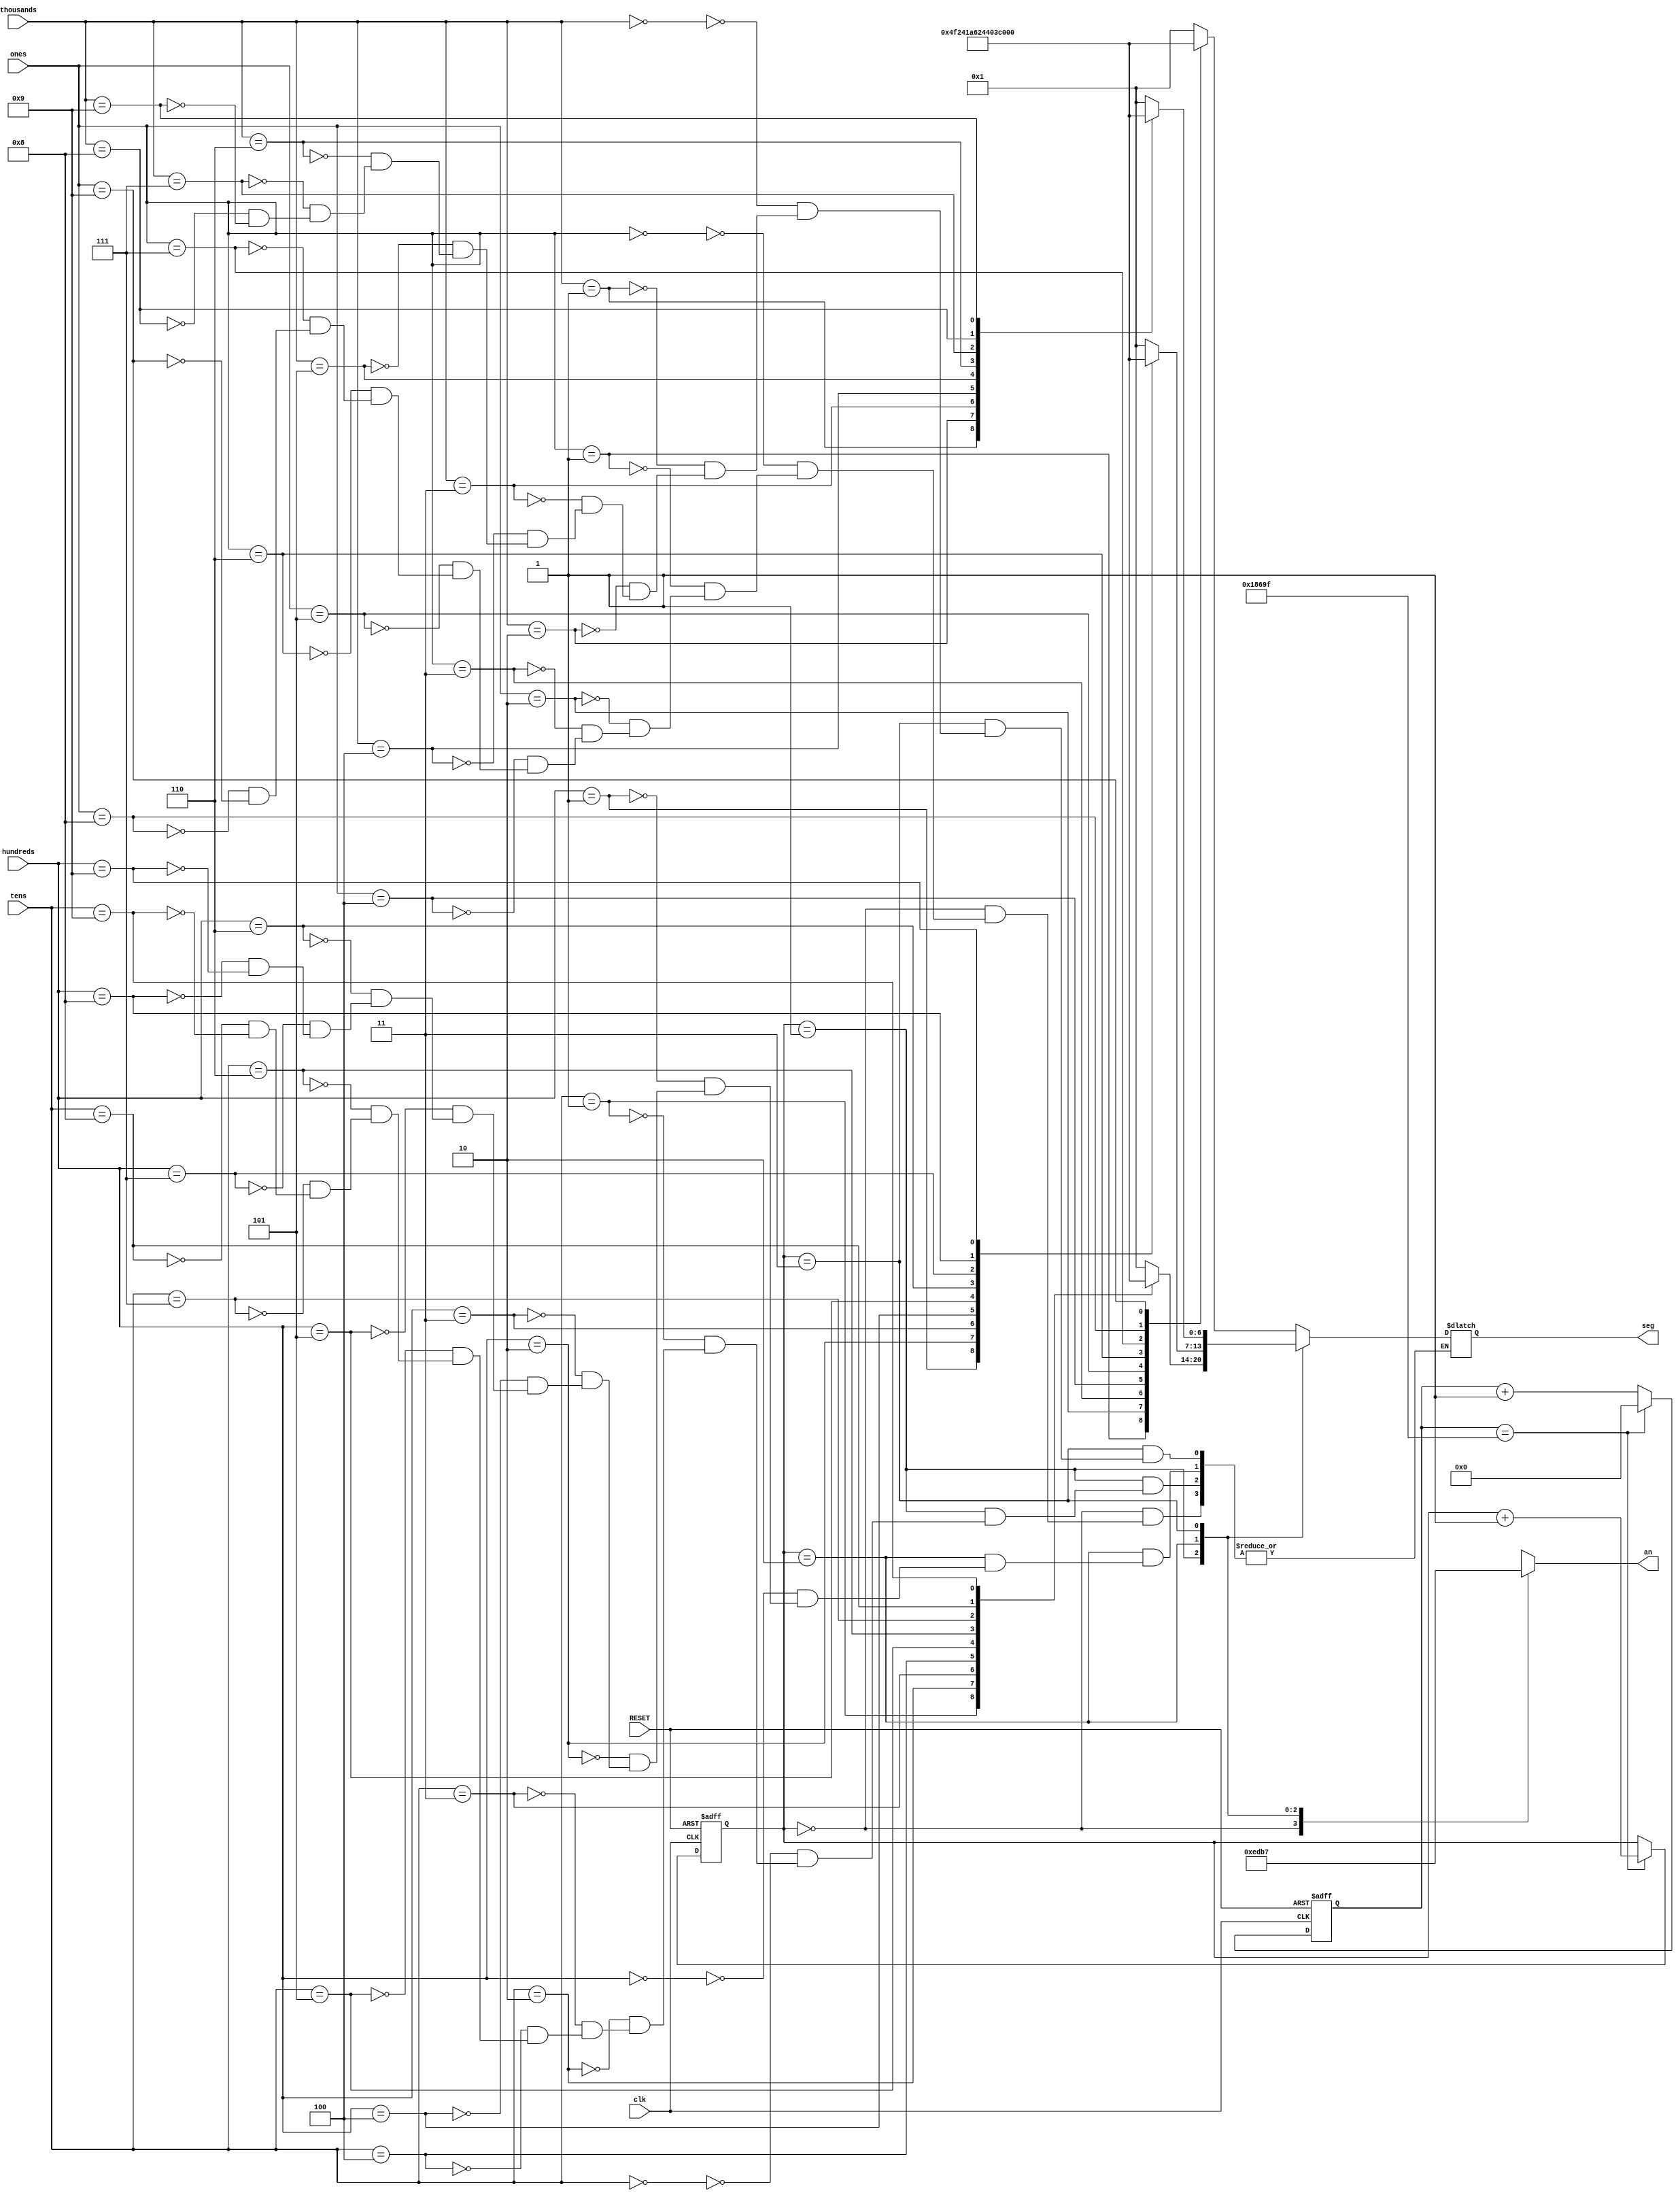
`timescale 1ns / 1ps
//////////////////////////////////////////////////////////////////////////////////
// Company: 
// Engineer: 
// 
// Design Name: 
// Module Name: segment
// Project Name: 
// Target Devices: 
// Tool Versions: 
// Description: 
// 
// Dependencies: 
// 
// Revision:
// Revision 0.01 - File Created
// Additional Comments:
// 
//////////////////////////////////////////////////////////////////////////////////


module segment(
    input clk,
    input RESET,
    input [3:0] ones,
    input [3:0] tens,
    input [3:0] hundreds,
    input [3:0] thousands,
    output reg [0:6] seg,   // segment pattern 0-9
    output reg [3:0] an     // digit select signals
);

    // segment patterns
    parameter ZERO  = 7'b000_0001;  // 0
    parameter ONE   = 7'b100_1111;  // 1
    parameter TWO   = 7'b001_0010;  // 2 
    parameter THREE = 7'b000_0110;  // 3
    parameter FOUR  = 7'b100_1100;  // 4
    parameter FIVE  = 7'b010_0100;  // 5
    parameter SIX   = 7'b010_0000;  // 6
    parameter SEVEN = 7'b000_1111;  // 7
    parameter EIGHT = 7'b000_0000;  // 8
    parameter NINE  = 7'b000_0100;  // 9
    
    // to select each digit in turn
    reg [1:0] select;     // for each of 4 digits
    reg [16:0] timer;     // counter for digit refresh
    
    // controlling digit select and digit timer
    always @(posedge clk or posedge RESET) begin
        if(RESET) begin
            select <= 0;
            timer <= 0;
        end
        else begin  // 4 ms refresh
            if(timer == 99_999) begin
                timer <= 0;
                select <=  select + 1;
            end
            else begin
                timer <=  timer + 1;
            end
        end
    end
    
    // determining anode based on selected digit
    always @(select) begin
        case(select) 
            2'b00 : an = 4'b1110;   // ones
            2'b01 : an = 4'b1101;   // tens
            2'b10 : an = 4'b1011;   // hundreds
            2'b11 : an = 4'b0111;   // thousands
        endcase
    end
    
    // determining segments based on selected digit and digit value
    always @* begin
        case(select)
            2'b00 : begin
                case(ones)
                    4'b0000 : seg = ZERO;
                    4'b0001 : seg = ONE;
                    4'b0010 : seg = TWO;
                    4'b0011 : seg = THREE;
                    4'b0100 : seg = FOUR;
                    4'b0101 : seg = FIVE;
                    4'b0110 : seg = SIX;
                    4'b0111 : seg = SEVEN;
                    4'b1000 : seg = EIGHT;
                    4'b1001 : seg = NINE;
                endcase
            end
                    
            2'b01 : begin
                case(tens)
                    4'b0000 : seg = ZERO;
                    4'b0001 : seg = ONE;
                    4'b0010 : seg = TWO;
                    4'b0011 : seg = THREE;
                    4'b0100 : seg = FOUR;
                    4'b0101 : seg = FIVE;
                    4'b0110 : seg = SIX;
                    4'b0111 : seg = SEVEN;
                    4'b1000 : seg = EIGHT;
                    4'b1001 : seg = NINE;
                endcase
            end
                    
            2'b10 : begin
                case(hundreds)
                    4'b0000 : seg = ZERO;
                    4'b0001 : seg = ONE;
                    4'b0010 : seg = TWO;
                    4'b0011 : seg = THREE;
                    4'b0100 : seg = FOUR;
                    4'b0101 : seg = FIVE;
                    4'b0110 : seg = SIX;
                    4'b0111 : seg = SEVEN;
                    4'b1000 : seg = EIGHT;
                    4'b1001 : seg = NINE;
                endcase
            end
                    
            2'b11 : begin
                case(thousands)
                    4'b0000 : seg = ZERO;
                    4'b0001 : seg = ONE;
                    4'b0010 : seg = TWO;
                    4'b0011 : seg = THREE;
                    4'b0100 : seg = FOUR;
                    4'b0101 : seg = FIVE;
                    4'b0110 : seg = SIX;
                    4'b0111 : seg = SEVEN;
                    4'b1000 : seg = EIGHT;
                    4'b1001 : seg = NINE;
                endcase
            end
        endcase
    end
        
endmodule